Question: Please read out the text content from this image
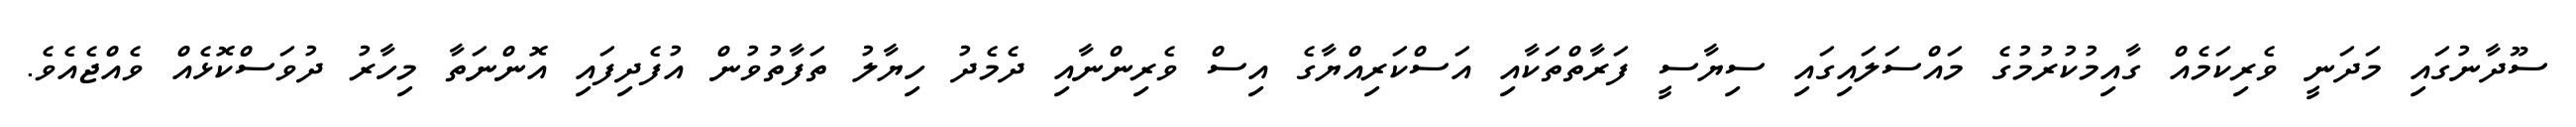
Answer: ސޫދާނުގައި މަދަނީ ވެރިކަމެއް ގާއިމުކުރުމުގެ މައްސަލައިގައި ސިޔާސީ ފަރާތްތަކާއި އަސްކަރިއްޔާގެ އިސް ވެރިންނާއި ދެމެދު ހިޔާލު ތަފާތުވުން އުފެދިފައި އޮންނަތާ މިހާރު ދުވަސްކޮޅެއް ވެއްޖެއެވެ.